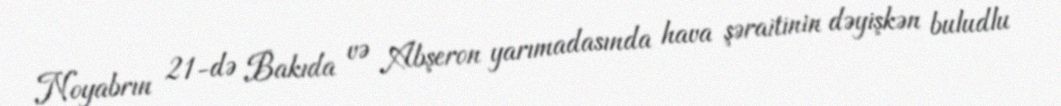
Noyabrın 21-də Bakıda və Abşeron yarımadasında hava şəraitinin dəyişkən buludlu